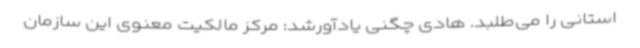
استانی را می‌طلبد. هادی چگنی یادآورشد: مرکز مالکیت معنوی این سازمان